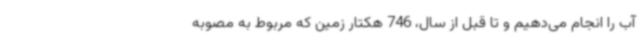
آب را انجام می‌دهیم و تا قبل از سال، 746 هکتار زمین که مربوط به مصوبه